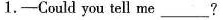
1-Couldyou tell me___?